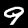
Label: 9